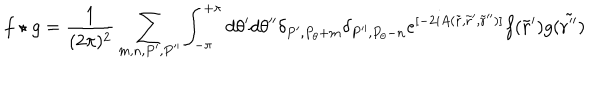
f \star g = \frac { 1 } { ( 2 \pi ) ^ { 2 } } \sum _ { m , n , P ^ { \prime } , P ^ { \prime \prime } } \int _ { - \pi } ^ { + \pi } d \theta ^ { \prime } d \theta ^ { \prime \prime } \delta _ { P ^ { \prime } , P _ { \theta } + m } \delta _ { P ^ { \prime \prime } , P _ { \theta } - n } e ^ { [ - 2 i A ( \tilde { \bf r } , \tilde { \bf r } ^ { \prime } , \tilde { \bf r } ^ { \prime \prime } ) ] } f ( \tilde { \bf r } ^ { \prime } ) g ( \tilde { \bf r ^ { \prime \prime } } )